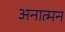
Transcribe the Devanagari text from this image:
अनात्मन